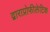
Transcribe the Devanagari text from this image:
द्वाराप्रोफीलेटिक